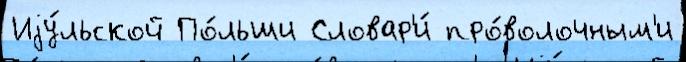
Иjу́льской По́льши Словар'и́ про́волочным'и